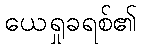
ယေရှုခရစ်၏